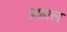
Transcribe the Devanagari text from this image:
प्रशाल